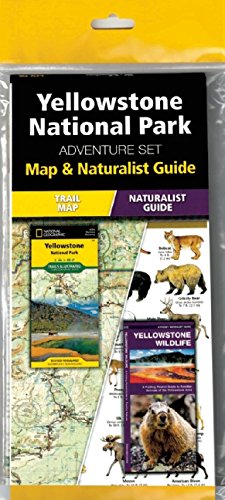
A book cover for Yellowstone National Park Adventure Set; Travel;